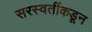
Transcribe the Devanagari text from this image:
सरस्वतींकडून